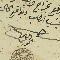
الياس الخوري		شيخ قرية كفرصغاب